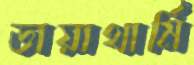
ডায়াথার্মি